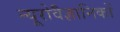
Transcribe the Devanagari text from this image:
न्यूरोवैज्ञानिकों